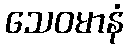
သေဝမာနံ